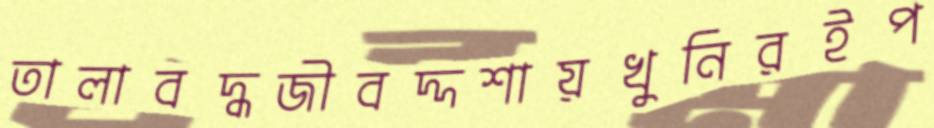
তালাবদ্ধজীবদ্দশায়খুনিরইপ